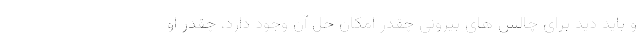
و باید دید برای چالش های بیرونی چقدر امکان حل آن وجود دارد، چقدر او